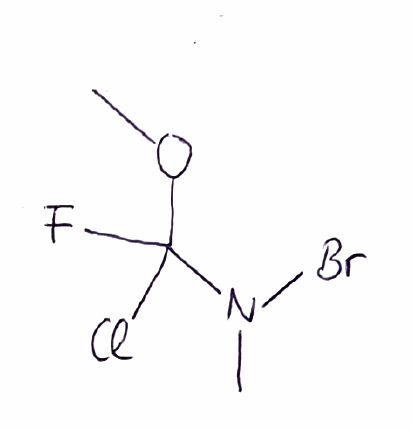
Simplified molecular-input line-entry system (SMILES) notation of the given molecule:
CN(C(OC)(F)Cl)Br